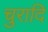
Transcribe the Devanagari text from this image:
चुरादि